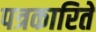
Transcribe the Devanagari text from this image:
पत्रकारिते